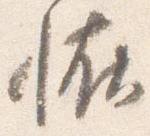
恠